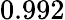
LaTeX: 0.992